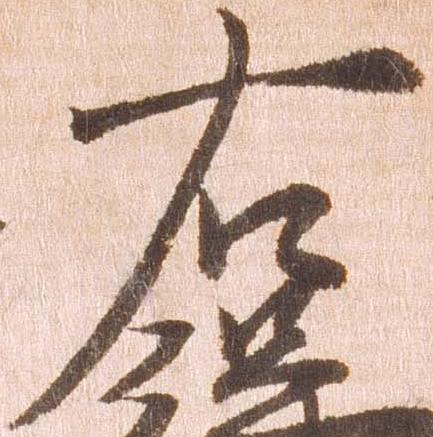
右